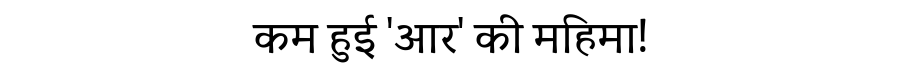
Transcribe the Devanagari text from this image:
कम हुई 'आर' की महिमा!